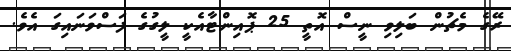
ރޭގެ މެޗުން ބަލިވި ނީސް އޮތީ 25 ޕޮއިންޓާއެކީ ލީގުގެ ފަސްވަނައިގަ އެވެ.